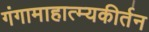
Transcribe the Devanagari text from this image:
गंगामाहात्म्यकीर्तन